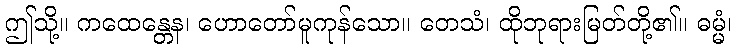
ဤသို့။ ကထေန္တေန၊ ဟောတော်မူကုန်သော။ တေသံ၊ ထိုဘုရားမြတ်တို့၏။ ဓမ္မံ၊